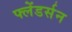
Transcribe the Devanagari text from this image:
फ्लेंडर्सन